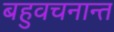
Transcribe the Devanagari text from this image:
बहुवचनान्त